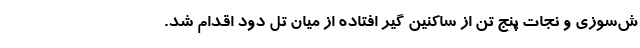
ش‌سوزی و نجات پنج تن از ساکنین گیر افتاده از میان تل دود اقدام شد.